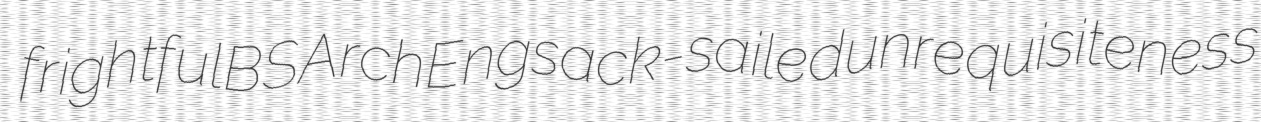
frightful BSArchEng sack-sailed unrequisiteness